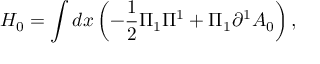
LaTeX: H _ { 0 } = \int d x \left( { - \frac { 1 } { 2 } \Pi _ { 1 } \Pi ^ { 1 } + \Pi _ { 1 } \partial ^ { 1 } A _ { 0 } } \right) ,